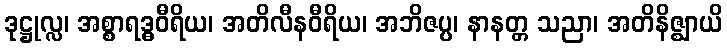
ဒုဋ္ဌုလ္လ၊ အစ္စာရဒ္ဓဝီရိယ၊ အတိလီနဝီရိယ၊ အဘိဇပ္ပ၊ နာနတ္တ သညာ၊ အတိနိဇ္ဈာယိ